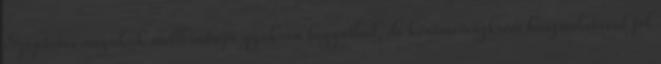
Szoptatós anyukák mellbimbója gyakran begyullad, de körömvirágkrém használatával jól